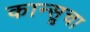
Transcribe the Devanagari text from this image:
कान्सूचा